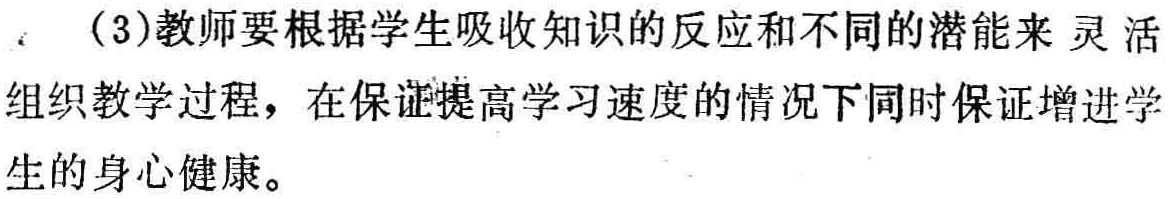
（3）教师要根据学生吸收知识的反应和不同的潜能来 灵 活组织教学过程，在保证提高学习速度的情况下同时保证增进学生的身心健康。